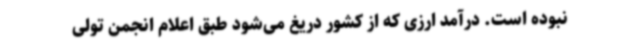
نبوده است. درآمد ارزی که از کشور دریغ می‌شود طبق اعلام انجمن تولی